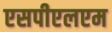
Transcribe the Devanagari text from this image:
एसपीएलएम